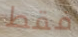
فقط